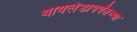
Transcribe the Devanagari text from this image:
थायलंडापर्यंतच्या